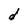
Character: d